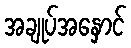
အချုပ်အနှောင်